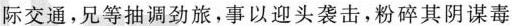
际交通，兄等抽调劲旅，事以迎头袭击，粉碎其阴谋毒